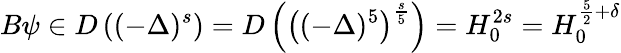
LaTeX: B\psi\in D\left((-\Delta)^{s}\right)=D\left(\left((-\Delta)^{5}\right)^{\frac{s}{5}}\right)=H_{0}^{2s}=H_{0}^{\frac{5}{2}+\delta}